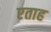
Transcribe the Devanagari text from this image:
एताह